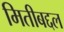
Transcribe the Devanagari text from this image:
मितीबद्दल